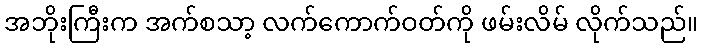
အဘိုးကြီးက အက်စသာ့ လက်ကောက်ဝတ်ကို ဖမ်းလိမ် လိုက်သည်။